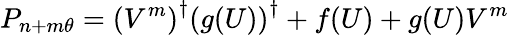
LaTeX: P_{n+m\theta}=\left(V^{m}\right)^{\dagger}\left({g}(U)\right)^{\dagger}+f(U)+g(U)V^{m}